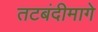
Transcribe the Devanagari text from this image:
तटबंदीमागे